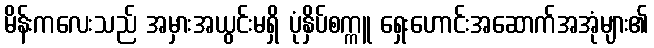
မိန်းကလေးသည် အမှားအယွင်းမရှိ ပုံနှိပ်စက္ကူ ရှေးဟောင်းအဆောက်အအုံများ၏